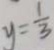
y = \frac { 1 } { 3 }